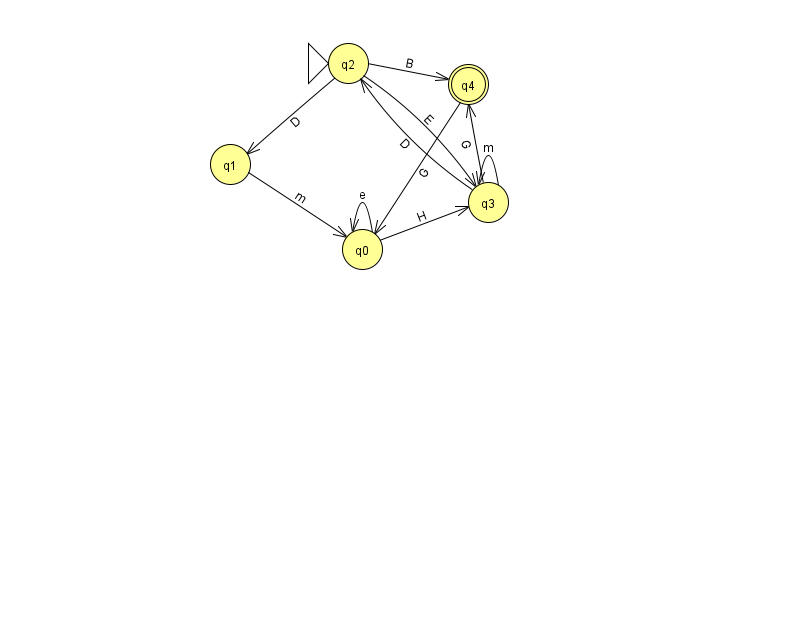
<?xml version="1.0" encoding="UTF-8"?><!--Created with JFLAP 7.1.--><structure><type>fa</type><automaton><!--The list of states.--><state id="0" name="q0"><x>362.0</x><y>236.0</y></state><state id="1" name="q1"><x>230.0</x><y>151.0</y></state><state id="2" name="q2"><x>348.0</x><y>50.0</y><initial/></state><state id="3" name="q3"><x>488.0</x><y>189.0</y></state><state id="4" name="q4"><x>468.0</x><y>71.0</y><final/></state><!--The list of transitions.--><transition><from>2</from><to>4</to><read>B</read></transition><transition><from>1</from><to>0</to><read>m</read></transition><transition><from>0</from><to>0</to><read>e</read></transition><transition><from>2</from><to>1</to><read>D</read></transition><transition><from>2</from><to>3</to><read>E</read></transition><transition><from>0</from><to>3</to><read>H</read></transition><transition><from>3</from><to>2</to><read>D</read></transition><transition><from>3</from><to>4</to><read>G</read></transition><transition><from>4</from><to>0</to><read>G</read></transition><transition><from>3</from><to>3</to><read>m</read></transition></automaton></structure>